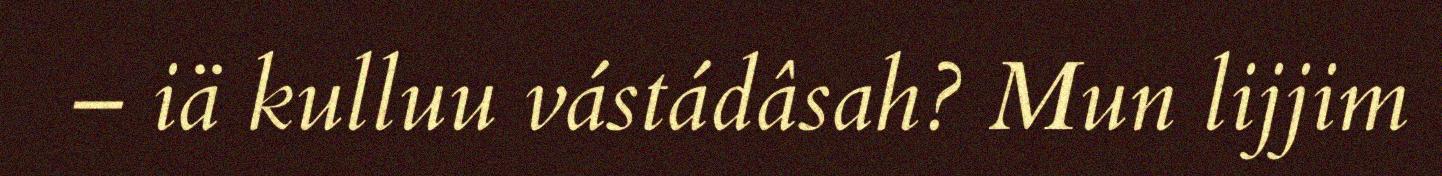
– iä kulluu vástádâsah? Mun lijjim